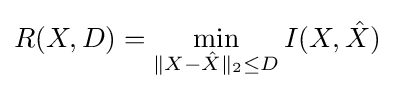
R(X,D)=\min _{\|X-{\hat {X}}\|_{2}\leq D}I(X,{\hat {X}})